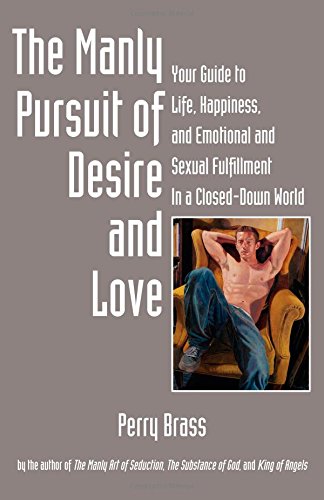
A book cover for The Manly Pursuit of Desire and Love, Your Guide to Life, Happiness, and Emotional and Sexual Fulfillment In a Closed-Down World; Perry Brass; Gay & Lesbian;